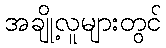
အချို့လူများတွင်